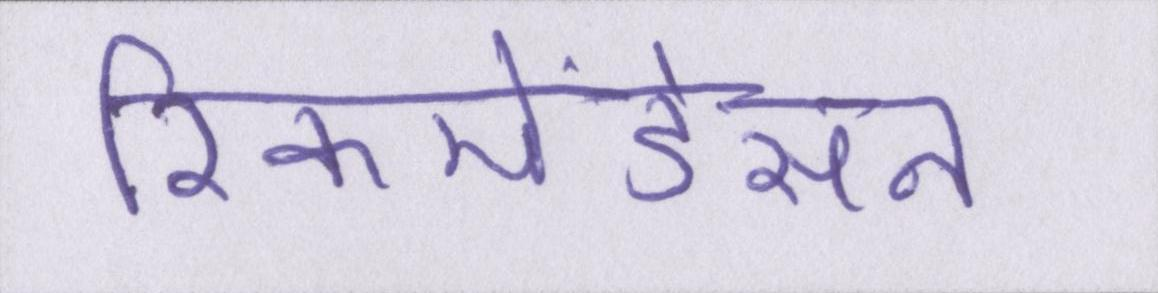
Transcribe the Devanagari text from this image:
रिकमेंडेसन